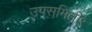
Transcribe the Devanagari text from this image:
उपसमिती९